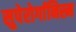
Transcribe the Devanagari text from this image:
सुपेरोर्गानिस्म